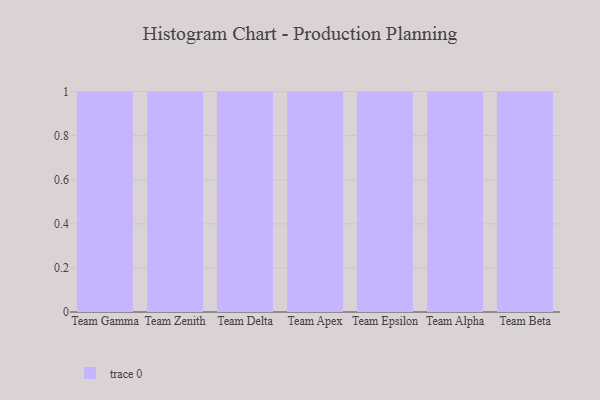
{"axis": {"x": "Team", "y": "Energy Usage (MWh)"}, "legend": [""], "data": [{"x": "Team Gamma", "y": 77, "type": ""}, {"x": "Team Zenith", "y": 23, "type": ""}, {"x": "Team Delta", "y": 32, "type": ""}, {"x": "Team Apex", "y": 21, "type": ""}, {"x": "Team Epsilon", "y": 91, "type": ""}, {"x": "Team Alpha", "y": 94, "type": ""}, {"x": "Team Beta", "y": 62, "type": ""}]}